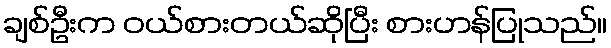
ချစ်ဦးက ဝယ်စားတယ်ဆိုပြီး စားဟန်ပြုသည်။